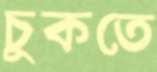
চুকতে